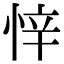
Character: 𭝅